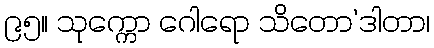
၉၅။ သုက္ကော ဂေါရော သိတော’ဒါတာ၊